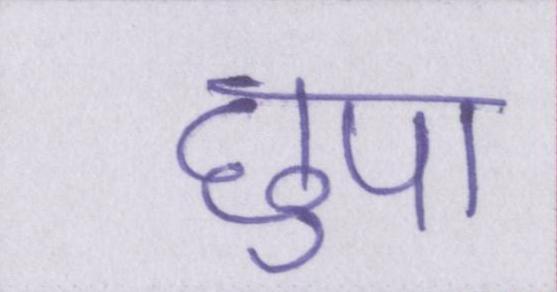
छुपा